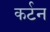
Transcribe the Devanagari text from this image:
कर्टन